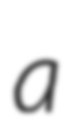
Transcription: a